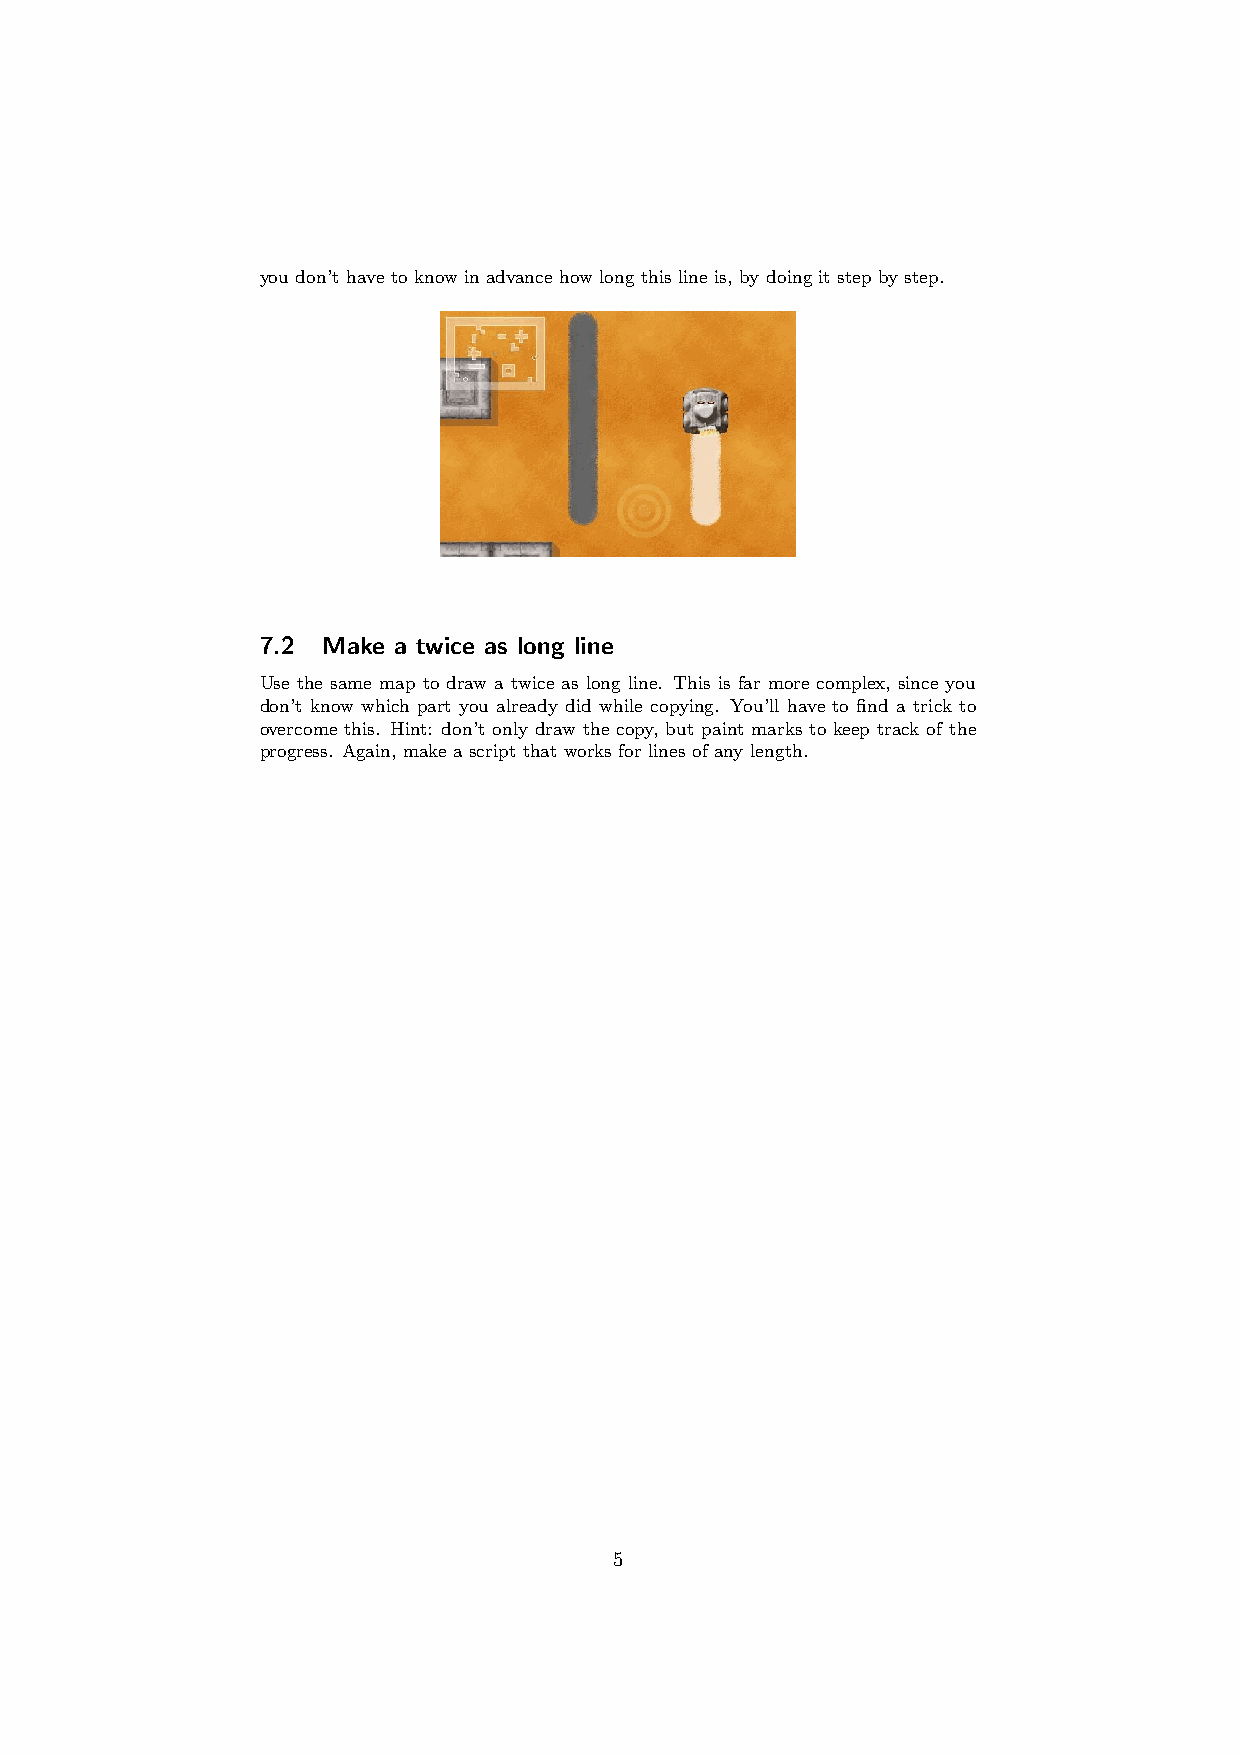
you don’t have to know in advance how long this line is, by doing it step by step.
 7.2 Make a twice as long line
 Use the same map to draw a twice as long line. This is far more complex, since you
 don’t know which part you already did while copying. You’ll have to find a trick to
 overcome this. Hint: don’t only draw the copy, but paint marks to keep track of the
 progress. Again, make a script that works for lines of any length.
 5